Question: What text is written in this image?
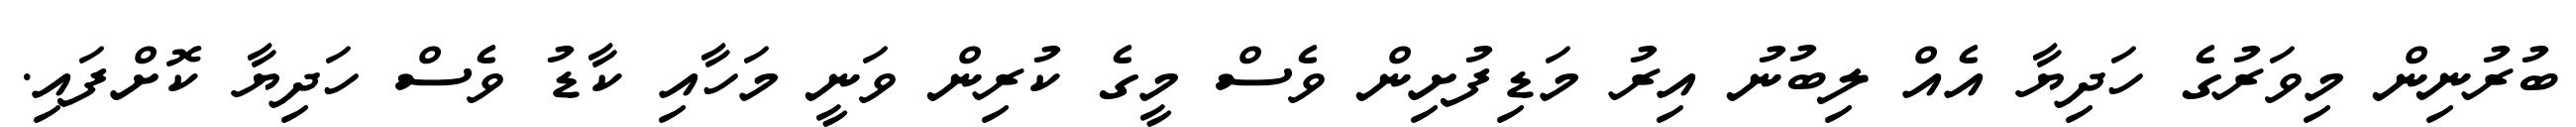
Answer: ބުރުނިން މިވަރުގެ ހަދިޔާ އެއް ލިބުނު އިރު މަޑިފުށިން ވެސް މީގެ ކުރިން ވަނީ މަހާއި ކާޑު ވެސް ހަދިޔާ ކޮށްފައި.